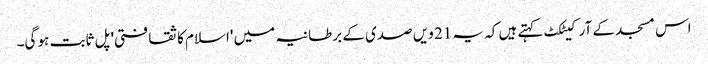
اس مسجد کے آرکیٹکٹ کہتے ہیں کہ یہ 21 ویں صدی کے برطانیہ میں 'اسلام کا ثقافتی' پل ثابت ہو گی۔